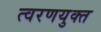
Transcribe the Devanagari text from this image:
त्वरणयुक्त